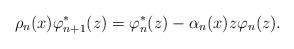
LaTeX: \begin{align*}{} \rho_{n}(x) \varphi_{n+1}^{*}(z) = \varphi_{n}^{*}(z) - \alpha_{n}(x) z\varphi_{n}(z).\end{align*}